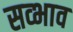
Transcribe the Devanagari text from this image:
सव्भाव